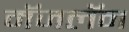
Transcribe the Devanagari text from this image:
मॅजलॅन